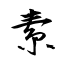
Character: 素